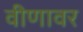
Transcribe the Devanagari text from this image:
वीणावर